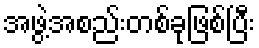
အဖွဲ့အစည်းတစ်ခုဖြစ်ပြီး